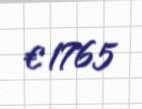
€ 1765